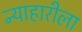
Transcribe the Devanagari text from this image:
न्याहारीला